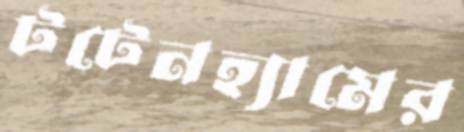
টটেনহ্যামের